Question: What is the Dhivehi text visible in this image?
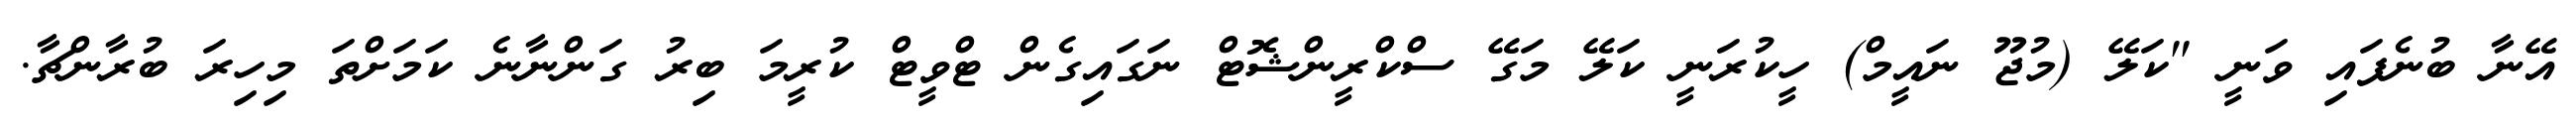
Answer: އޭނާ ބުނެފައި ވަނީ "ކަލޭ (މުޖޫ ނައީމް) ހީކުރަނީ ކަލޭ މަގޭ ސްކްރީންޝޮޓް ނަގައިގެން ޓްވީޓް ކުރީމަ ބިރު ގަންނާނެ ކަމަށްތަ މިހިރަ ބުރާންޗާ.